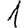
Digit: 1